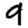
Digit: 9